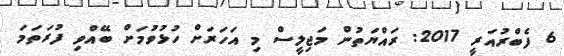
6 ފެބްރުއަރީ 2017: ރައްޔަތުން މަޖިލީސް މި އަހަރަށް ހުޅުވުމަށް ބޭއްވި ފުރަތަމަ